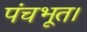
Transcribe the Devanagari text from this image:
पंचभूत।